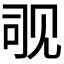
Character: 𬢊